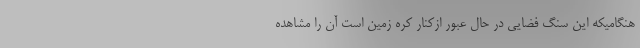
هنگامیکه این سنگ فضایی در حال عبور ازکنار کره زمین است آن را مشاهده